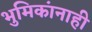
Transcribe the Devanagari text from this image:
भुमिकांनाही